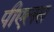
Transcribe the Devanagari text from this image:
पीएलस